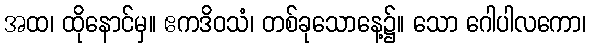
အထ၊ ထိုနောင်မှ။ ဧကဒိဝသံ၊ တစ်ခုသောနေ့၌။ သော ဂေါပါလကော၊